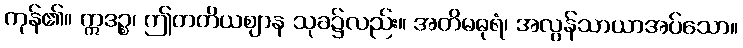
ကုန်၏။ ဣဒဉ္စ၊ ဤတတိယဈာန သုခ၌လည်း။ အတိမဓုရံ၊ အလွန်သာယာအပ်သော။